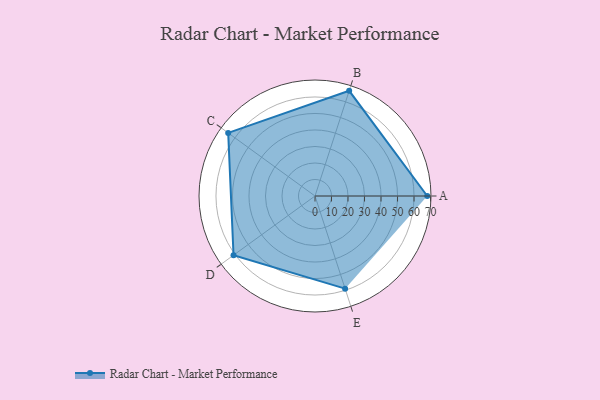
{"axis": {"x": "Skill", "y": "Score"}, "legend": ["Profile"], "data": [{"x": "A", "y": 68.0, "type": "Profile"}, {"x": "B", "y": 67.0, "type": "Profile"}, {"x": "C", "y": 65.0, "type": "Profile"}, {"x": "D", "y": 61.0, "type": "Profile"}, {"x": "E", "y": 59.0, "type": "Profile"}]}